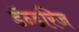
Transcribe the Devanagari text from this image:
डॅन्डरिज